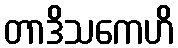
တာဒိသကေဟိ